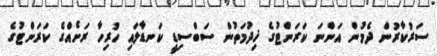
ސަރުކާރުން ދެމުން އަންނަ ކަރަންޓުގެ ޚިދުމަތުން ސަބްސިޑީ ކަނޑާލައި ހުރިހާ ރަށެއްގެ ކަރަންޓުގެ